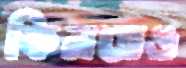
কিনতেও